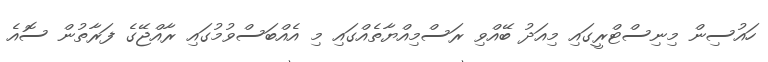
ހައުސިން މިނިސްޓްރީގައި މިއަދު ބޭއްވި ރަސްމިއްޔާތެއްގައި މި އެއްބަސްވުމުގައި ރާއްޖޭގެ ފަރާތުން ސޮއެ